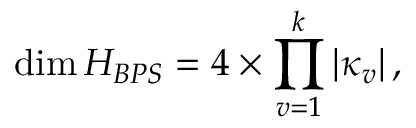
\dim { \cal H } _ { B P S } = 4 \times \prod _ { v = 1 } ^ { k } | \kappa _ { v } | \, ,